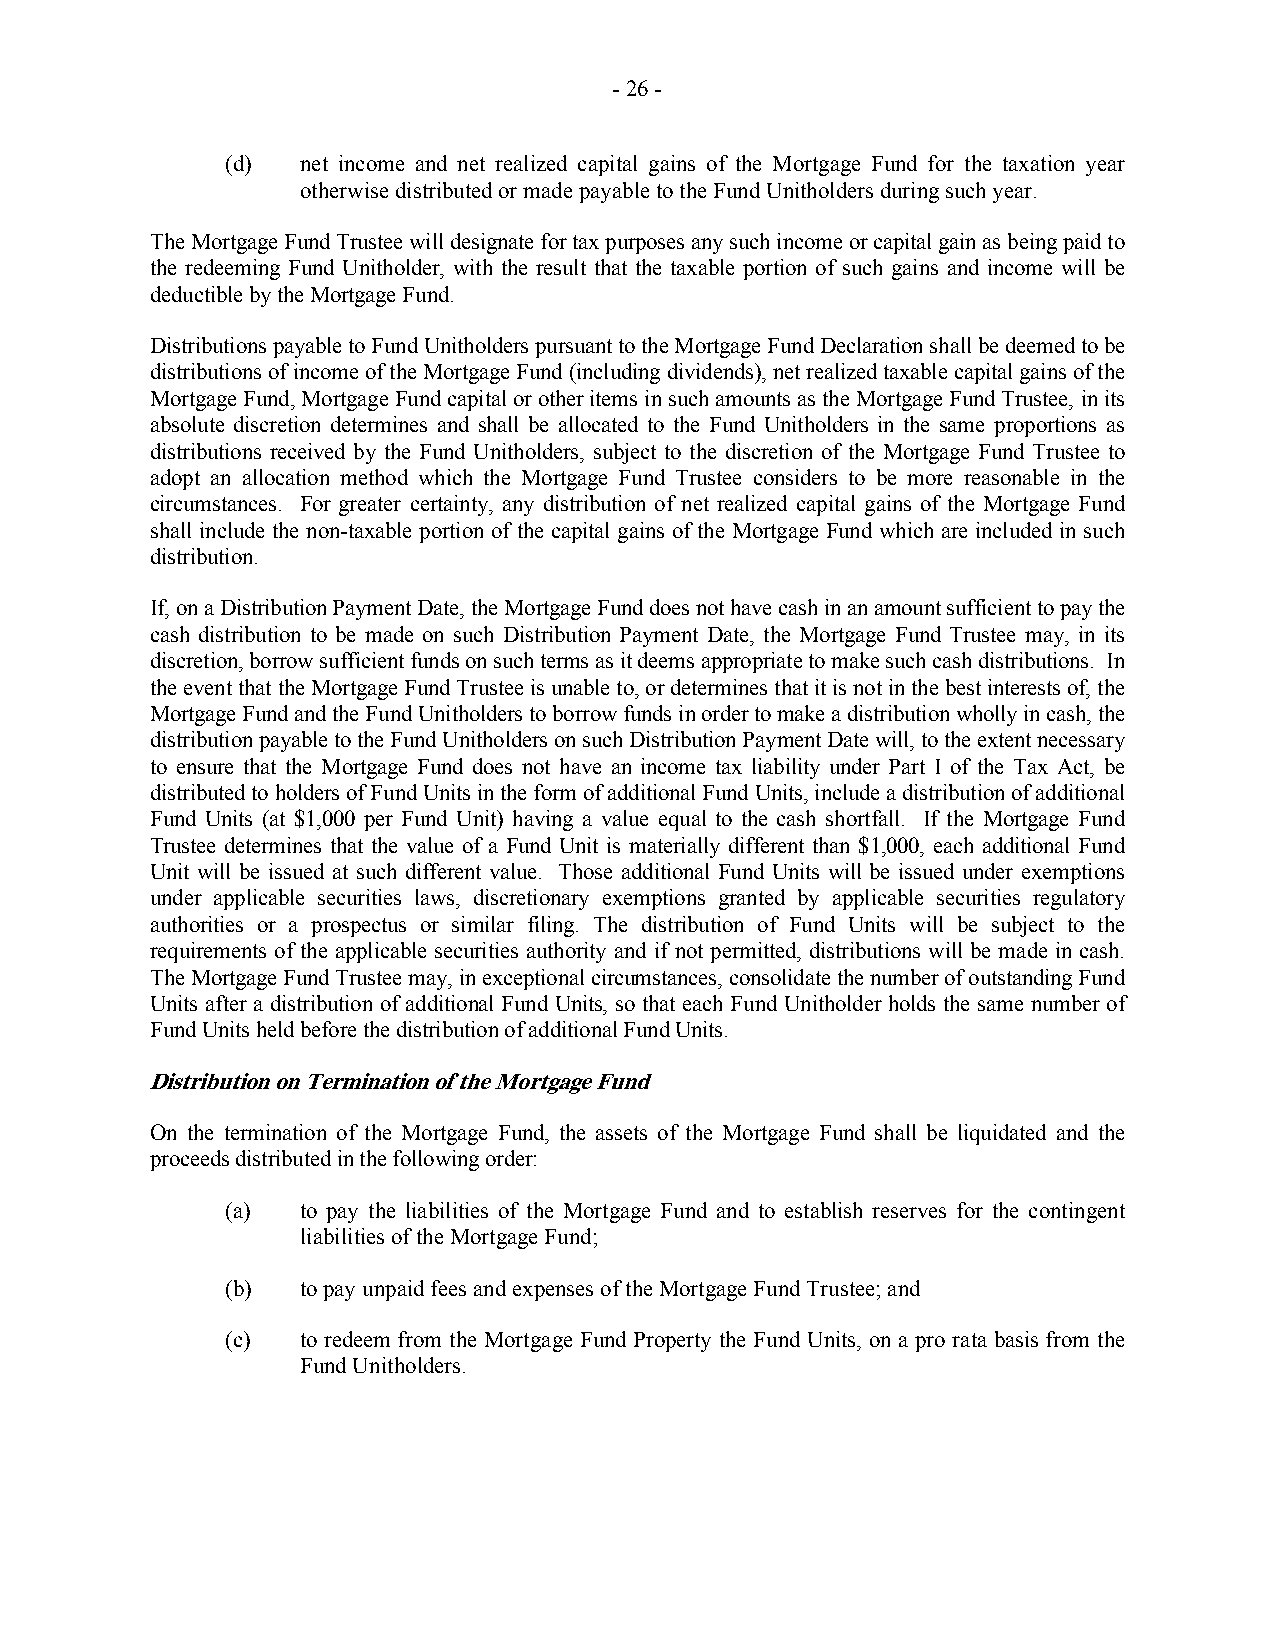
- 26 -
 (d)  net income and net realized capital gains of the Mortgage Fund for the taxation year
 otherwise distributed or made payable to the Fund Unitholders during such year.
 The Mortgage Fund Trustee will designate for tax purposes any such income or capital gain as being paid to
 the redeeming Fund Unitholder, with the result that the taxable portion of such gains and income will be
 deductible by the Mortgage Fund.
 Distributions payable to Fund Unitholders pursuant to the Mortgage Fund Declaration shall be deemed to be
 distributions of income of the Mortgage Fund (including dividends), net realized taxable capital gains of the
 Mortgage Fund, Mortgage Fund capital or other items in such amounts as the Mortgage Fund Trustee, in its
 absolute discretion determines and shall be allocated to the Fund Unitholders in the same proportions as
 distributions received by the Fund Unitholders, subject to the discretion of the Mortgage Fund Trustee to
 adopt an allocation method which the Mortgage Fund Trustee considers to be more reasonable in the
 circumstances. For greater certainty, any distribution of net realized capital gains of the Mortgage Fund
 shall include the non-taxable portion of the capital gains of the Mortgage Fund which are included in such
 distribution.
 If, on a Distribution Payment Date, the Mortgage Fund does not have cash in an amount sufficient to pay the
 cash distribution to be made on such Distribution Payment Date, the Mortgage Fund Trustee may, in its
 discretion, borrow sufficient funds on such terms as it deems appropriate to make such cash distributions. In
 the event that the Mortgage Fund Trustee is unable to, or determines that it is not in the best interests of, the
 Mortgage Fund and the Fund Unitholders to borrow funds in order to make a distribution wholly in cash, the
 distribution payable to the Fund Unitholders on such Distribution Payment Date will, to the extent necessary
 to ensure that the Mortgage Fund does not have an income tax liability under Part I of the Tax Act, be
 distributed to holders of Fund Units in the form of additional Fund Units, include a distribution of additional
 Fund Units (at $1,000 per Fund Unit) having a value equal to the cash shortfall. If the Mortgage Fund
 Trustee determines that the value of a Fund Unit is materially different than $1,000, each additional Fund
 Unit will be issued at such different value. Those additional Fund Units will be issued under exemptions
 under applicable securities laws, discretionary exemptions granted by applicable securities regulatory
 authorities or a prospectus or similar filing. The distribution of Fund Units will be subject to the
 requirements of the applicable securities authority and if not permitted, distributions will be made in cash.
 The Mortgage Fund Trustee may, in exceptional circumstances, consolidate the number of outstanding Fund
 Units after a distribution of additional Fund Units, so that each Fund Unitholder holds the same number of
 Fund Units held before the distribution of additional Fund Units.
 Distribution on Termination of the Mortgage Fund
 On the termination of the Mortgage Fund, the assets of the Mortgage Fund shall be liquidated and the
 proceeds distributed in the following order:
 (a)  to pay the liabilities of the Mortgage Fund and to establish reserves for the contingent
 liabilities of the Mortgage Fund;
 (b)  to pay unpaid fees and expenses of the Mortgage Fund Trustee; and
 (c)  to redeem from the Mortgage Fund Property the Fund Units, on a pro rata basis from the
 Fund Unitholders.